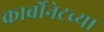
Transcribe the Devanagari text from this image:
कार्बोनेटच्या